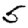
Digit: 5